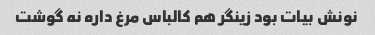
نونش بیات بود زینگر هم کالباس مرغ داره نه گوشت